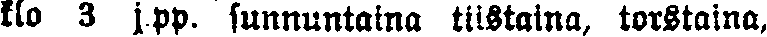
klo 3 j.pp. sunnuntaina tiistaina, torstaina,